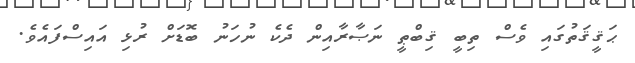
ޙަޤީޤަތުގައި ވެސް ތިބީ ޤިބްޠީ ނަޞާރާއިން ދެކެ ނުހަނު ބޮޑަށް ރުޅި އައިސްފައެވެ.